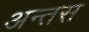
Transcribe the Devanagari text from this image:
अन्तस